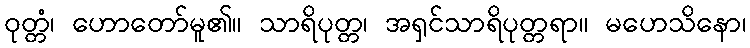
ဝုတ္တံ၊ ဟောတော်မူ၏။ သာရိပုတ္တ၊ အရှင်သာရိပုတ္တရာ။ မဟေသိနော၊